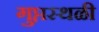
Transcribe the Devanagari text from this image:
गुप्तस्थळी